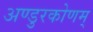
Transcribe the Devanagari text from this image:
अण्डुरकोणम्